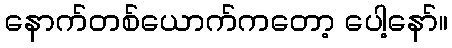
နောက်တစ်ယောက်ကတော့ ပေါ့နော်။